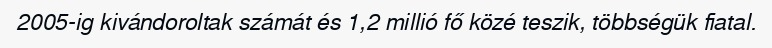
2005-ig kivándoroltak számát és 1,2 millió fő közé teszik, többségük fiatal.